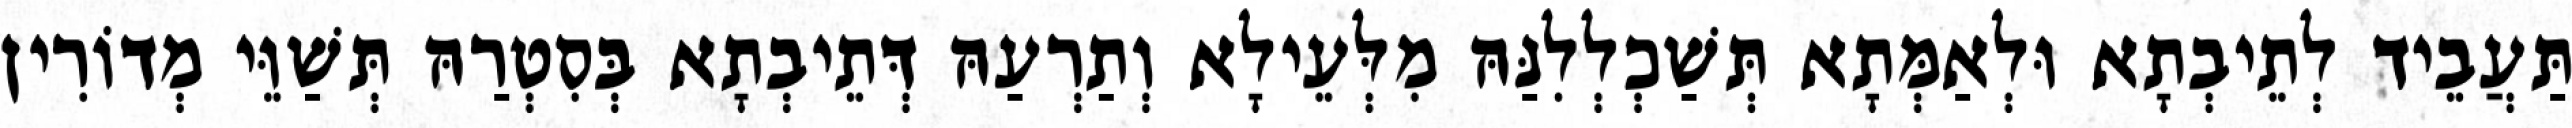
תַּעֲבֵיד לְתֵיבְתָא וּלְאַמְּתָא תְּשַׁכְלְלִנַּהּ מִלְּעֵילָא וְתַרְעַהּ דְּתֵיבְתָא בְּסִטְרַהּ תְּשַׁוֵּי מְדוֹרִין